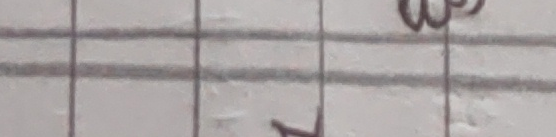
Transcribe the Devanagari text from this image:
व